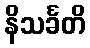
နိသင်္ခတိ